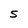
Character: S